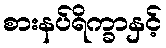
စားနပ်ရိက္ခာနှင့်